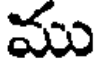
ము